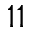
^ { 1 1 }